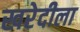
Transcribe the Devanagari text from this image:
खरेदीला